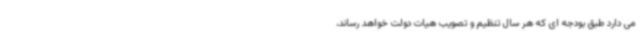
می دارد طبق بودجه ای که هر سال تنظیم و تصویب هیات دولت خواهد رساند،